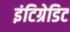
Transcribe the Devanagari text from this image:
इंटिग्रेडिट